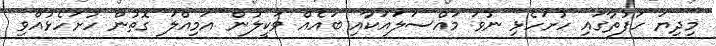
މިދިޔަ ހަފުތާގައި ހުށަހެޅި ނުވަ މައްސަލައަކާއި ބައެއް ވަކީލުން އަމިއްލަ ގޮތުން ހުށަހެޅުއްވި